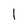
Character: 1